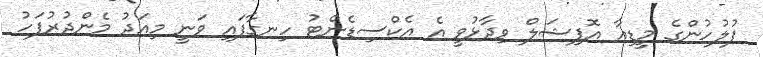
ފުލުހުންގެ މީޑިއާ އޮފިޝަލް ވިދާޅުވީ އެ އެކްސިޑެންޓު ހިނގާފައި ވަނީ މިއަދު މެންދުރުފަހު